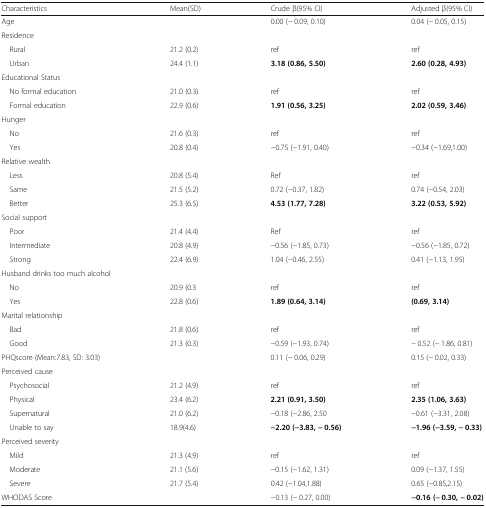
<table><thead><tr><td><b>Characteristics</b></td><td><b>Mean(SD)</b></td><td><b>Crude β(95% CI)</b></td><td><b>Adjusted β(95% CI)</b></td></tr></thead><tbody><tr><td>Age</td><td></td><td>0.00 (− 0.09, 0.10)</td><td>0.04 (− 0.05, 0.15)</td></tr><tr><td colspan="4">Residence</td></tr><tr><td> Rural</td><td>21.2 (0.2)</td><td>ref</td><td>ref</td></tr><tr><td> Urban</td><td>24.4 (1.1)</td><td><b>3.18 (0.86, 5.50)</b></td><td><b>2.60 (0.28, 4.93)</b></td></tr><tr><td colspan="4">Educational Status</td></tr><tr><td> No formal education</td><td>21.0 (0.3)</td><td>ref</td><td>ref</td></tr><tr><td> Formal education</td><td>22.9 (0.6)</td><td><b>1.91 (0.56, 3.25)</b></td><td><b>2.02 (0.59, 3.46)</b></td></tr><tr><td colspan="4">Hunger</td></tr><tr><td> No</td><td>21.6 (0.3)</td><td>ref</td><td>ref</td></tr><tr><td> Yes</td><td>20.8 (0.4)</td><td>−0.75 (−1.91, 0.40)</td><td>−0.34 (−1.69,1.00)</td></tr><tr><td colspan="4">Relative wealth</td></tr><tr><td> Less</td><td>20.8 (5.4)</td><td>Ref</td><td>ref</td></tr><tr><td> Same</td><td>21.5 (5.2)</td><td>0.72 (−0.37, 1.82)</td><td>0.74 (−0.54, 2.03)</td></tr><tr><td> Better</td><td>25.3 (6.5)</td><td><b>4.53 (1.77, 7.28)</b></td><td><b>3.22 (0.53, 5.92)</b></td></tr><tr><td colspan="4">Social support</td></tr><tr><td> Poor</td><td>21.4 (4.4)</td><td>Ref</td><td>ref</td></tr><tr><td> Intermediate</td><td>20.8 (4.9)</td><td>−0.56 (−1.85, 0.73)</td><td>−0.56 (−1.85, 0.72)</td></tr><tr><td> Strong</td><td>22.4 (6.9)</td><td>1.04 (−0.46, 2.55)</td><td>0.41 (−1.13, 1.95)</td></tr><tr><td colspan="4">Husband drinks too much alcohol</td></tr><tr><td> No</td><td>20.9 (0.3</td><td>ref</td><td>ref</td></tr><tr><td> Yes</td><td>22.8 (0.6)</td><td><b>1.89 (0.64, 3.14)</b></td><td><b>(0.69, 3.14)</b></td></tr><tr><td colspan="4">Marital relationship</td></tr><tr><td> Bad</td><td>21.8 (0.6)</td><td>ref</td><td>ref</td></tr><tr><td> Good</td><td>21.3 (0.3)</td><td>−0.59 (−1.93, 0.74)</td><td>− 0.52 (− 1.86, 0.81)</td></tr><tr><td>PHQscore (Mean:7.83, SD: 3.03)</td><td></td><td>0.11 (− 0.06, 0.29)</td><td>0.15 (− 0.02, 0.33)</td></tr><tr><td colspan="4">Perceived cause</td></tr><tr><td> Psychosocial</td><td>21.2 (4.9)</td><td>ref</td><td>ref</td></tr><tr><td> Physical</td><td>23.4 (6.2)</td><td><b>2.21 (0.91, 3.50)</b></td><td><b>2.35 (1.06, 3.63)</b></td></tr><tr><td> Supernatural</td><td>21.0 (6.2)</td><td>−0.18 (−2.86, 2.50</td><td>−0.61 (−3.31, 2.08)</td></tr><tr><td> Unable to say</td><td>18.9(4.6)</td><td><b>−2.20 (−3.83, − 0.56)</b></td><td><b>−1.96 (−3.59, − 0.33)</b></td></tr><tr><td colspan="4">Perceived severity</td></tr><tr><td> Mild</td><td>21.3 (4.9)</td><td>ref</td><td>ref</td></tr><tr><td> Moderate</td><td>21.1 (5.6)</td><td>−0.15 (−1.62, 1.31)</td><td>0.09 (−1.37, 1.55)</td></tr><tr><td> Severe</td><td>21.7 (5.4)</td><td>0.42 (−1.04,1.88)</td><td>0.65 (−0.85,2.15)</td></tr><tr><td>WHODAS Score</td><td></td><td>−0.13 (− 0.27, 0.00)</td><td><b>−0.16 (− 0.30, − 0.02)</b></td></tr></tbody></table>